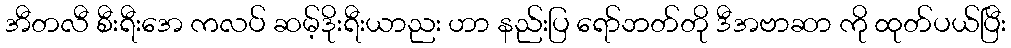
အီတလီ စီးရီးအေ ကလပ် ဆမ့်ဒိုးရီးယာညး ဟာ နည်းပြ ရော်ဘတ်တို ဒီအဗာဆာ ကို ထုတ်ပယ်ပြီး